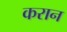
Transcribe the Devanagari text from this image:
करान